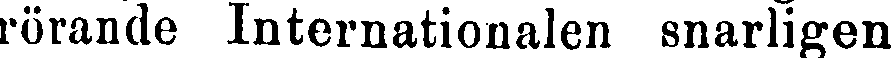
rörande Internationalen snarligen